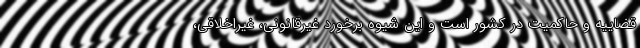
قضاییه و حاکمیت در کشور است و این شیوه برخورد غیرقانونی، غیراخلاقی،